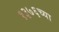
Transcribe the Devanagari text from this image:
१३७६च्या